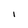
Character: i